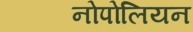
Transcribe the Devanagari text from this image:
नोपोलियन